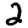
Digit: 2